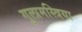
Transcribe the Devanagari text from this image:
गुलामस्त्रिया